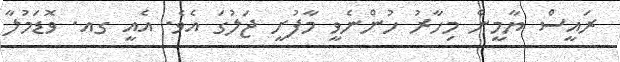
ރައީސް ޔާމީން މިހާރު ހުންނެވީ މާފުށީ ޖަލުގަ އެވެ. އެއީ ގއ. ވޮޑަމުލާ